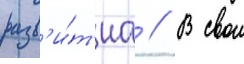
разв'и́т'иа // В свои